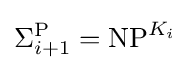
\Sigma _{i+1}^{\mathrm {P} }=\mathrm {NP} ^{K_{i}}